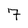
Character: 7